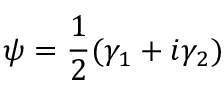
\psi = \frac { 1 } { 2 } ( \gamma _ { 1 } + i \gamma _ { 2 } )